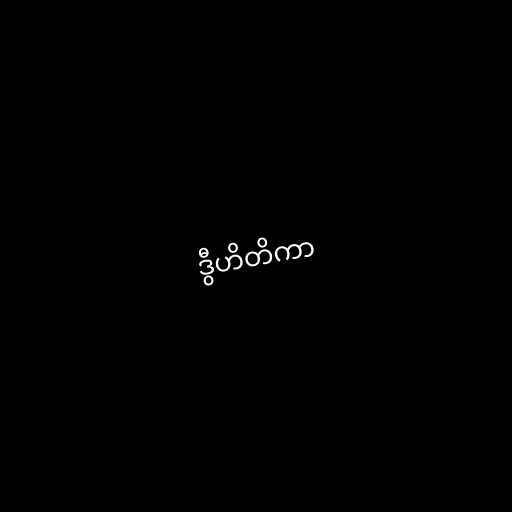
ဒွီဟိတိကာ